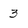
Character: 3